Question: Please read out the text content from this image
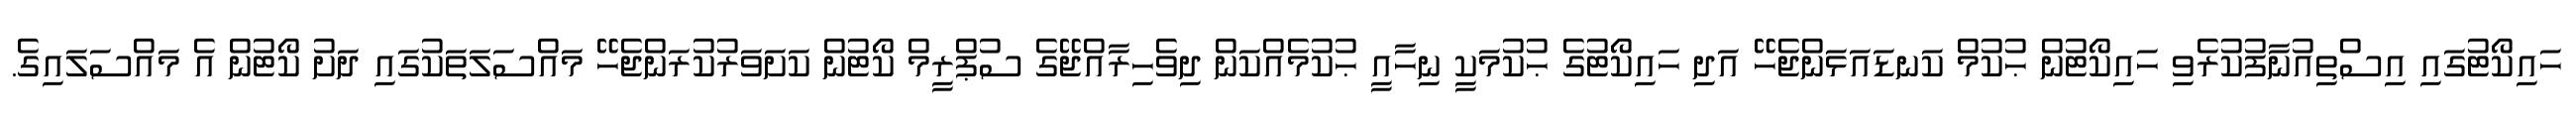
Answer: ހައިކޯޓުގައި އިސްތިއުނާފުކުރެވި ހައިކޯޓުން ޙުކުމް ކަނޑައަޅަންޖެހޭ އަދި ހައިކޯޓުގެ ޙުކުމަކީ ނިހާއީ ޙުކުމެއްކަން ދިވެހިރާއްޖޭގެ ސުޕްރީމް ކޯޓުން ކަށަވަރުކުރަންޖެހޭ މައްސަލަތަކުގައި ދަށު ކޯޓުން އެ މައްސަލައިގެ.